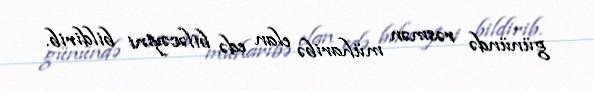
günündə rəsmən müharibə elan edə biləcəyini bildirib.